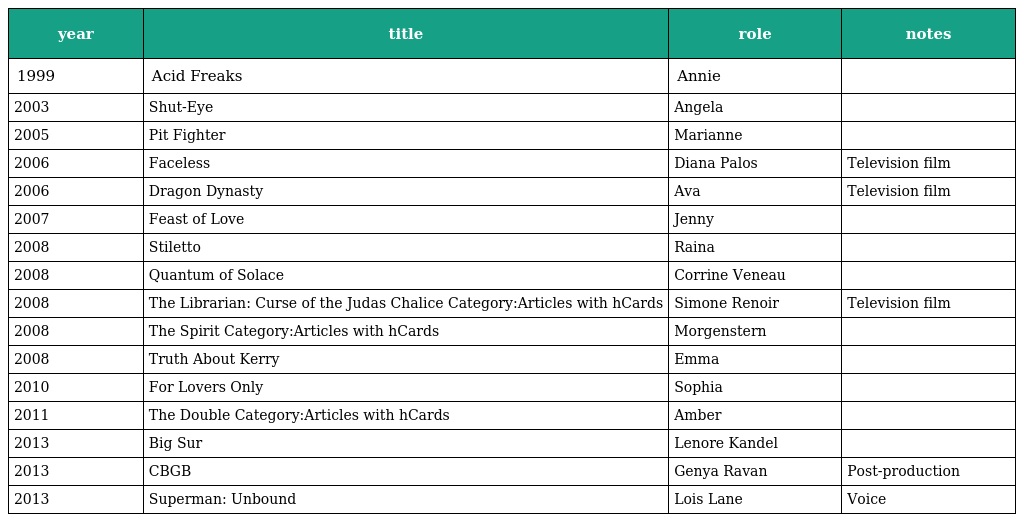
| year | title | role | notes |
 | --- | --- | --- | --- |
 | 1999 | Acid Freaks | Annie |  |
 | 2003 | Shut-Eye | Angela |  |
 | 2005 | Pit Fighter | Marianne |  |
 | 2006 | Faceless | Diana Palos | Television film |
 | 2006 | Dragon Dynasty | Ava | Television film |
 | 2007 | Feast of Love | Jenny |  |
 | 2008 | Stiletto | Raina |  |
 | 2008 | Quantum of Solace | Corrine Veneau |  |
 | 2008 | The Librarian: Curse of the Judas Chalice Category:Articles with hCards | Simone Renoir | Television film |
 | 2008 | The Spirit Category:Articles with hCards | Morgenstern |  |
 | 2008 | Truth About Kerry | Emma |  |
 | 2010 | For Lovers Only | Sophia |  |
 | 2011 | The Double Category:Articles with hCards | Amber |  |
 | 2013 | Big Sur | Lenore Kandel |  |
 | 2013 | CBGB | Genya Ravan | Post-production |
 | 2013 | Superman: Unbound | Lois Lane | Voice |